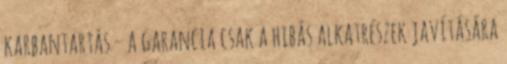
karbantartás – a garancia csak a hibás alkatrészek javítására